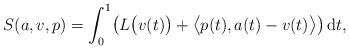
LaTeX: \begin{gather*} S ( a, v , p ) = \int _0 ^1 \bigl( L \bigl( v (t) \bigr) + \bigl\langle p (t) , a (t) - v (t) \bigr\rangle \bigr) \,\mathrm{d}t , \end{gather*}